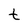
Character: t